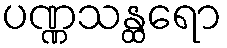
ပဏ္ဏသန္ထရော